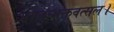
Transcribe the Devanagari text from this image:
भगवन्भक्तवत्सल।